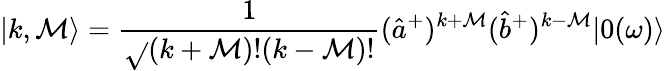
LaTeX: {|k,\mathcal{M}\rangle}=\frac{{1}}{{\sqrt{}{{{(k+\mathcal{M})}!{(k-\mathcal{M})}!}}}}({\hat{{a}}}^{+})^{k+\mathcal{M}}({\hat{{b}}}^{+})^{k-\mathcal{M}}|0(\omega)\rangle